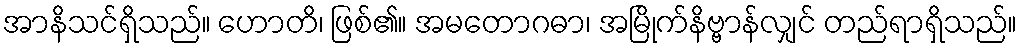
အာနိသင်ရှိသည်။ ဟောတိ၊ ဖြစ်၏။ အမတောဂဓာ၊ အမြိုက်နိဗ္ဗာန်လျှင် တည်ရာရှိသည်။